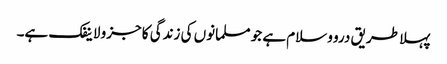
پہلا طریق درو وسلام ہے جو مسلمانوں کی زندگی کا جزو لاینفک ہے۔